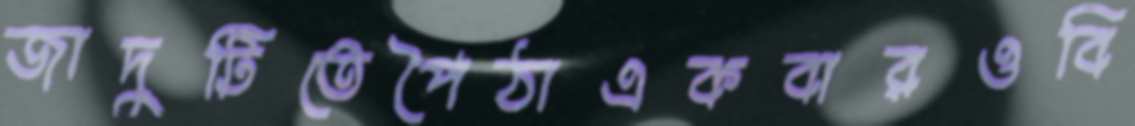
জাদুটিতেপৈঠাএকবারওবি